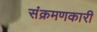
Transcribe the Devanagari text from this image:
संक्रमणकारी